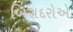
બિરાદરોએ